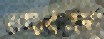
তথ্যব্যবস্থা